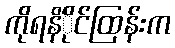
ကိုရနိံိုင်ထြန်းက